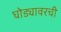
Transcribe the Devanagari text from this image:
घोड्यावरची